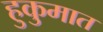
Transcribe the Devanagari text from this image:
हुकुमात